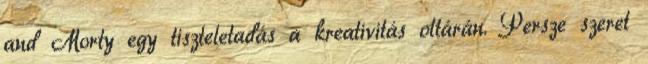
and Morty egy tiszteletadás a kreativitás oltárán. Persze szeret